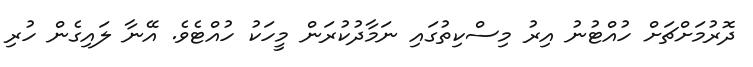
ދޮރުމަށްޗަށް ހުއްޓުނު އިރު މިސްކިތުގައި ނަމާދުކުރަން މީހަކު ހުއްޓެވެ. އޭނާ ލައިގެން ހުރި